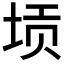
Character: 𱖭